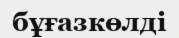
бұғазкөлді